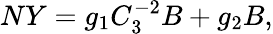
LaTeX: NY=g_{1}C_{3}^{-2}B+g_{2}B,